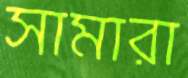
সামারা